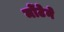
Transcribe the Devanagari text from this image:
मोंटेने